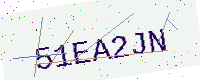
Text: 51EA2JN